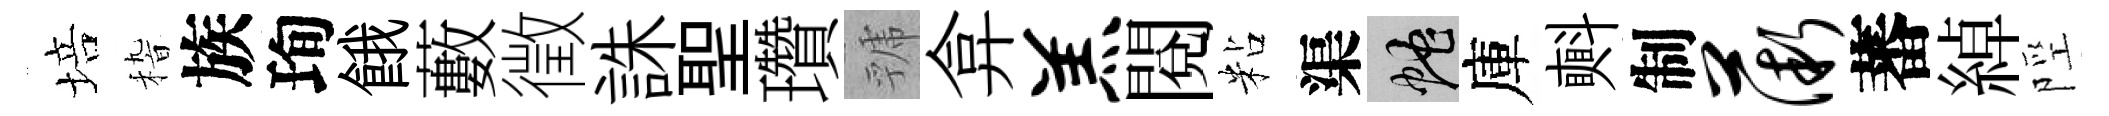
培𥟵族珣餓藪徵誅聖瓚虢弇羔閲粘渠蛇庫㪺制薇蕃綽陘